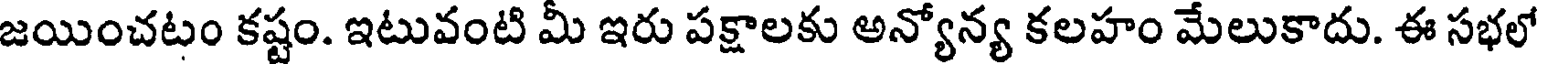
జయించటం కష్టం. ఇటువంటి మీ ఇరు పక్షాలకు అన్యోన్య కలహం మేలుకాదు. ఈ సభలో